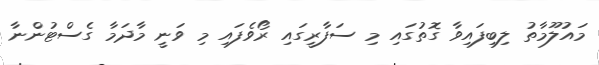
މައުލޫމާތު ލިބިފައިވާ ގޮތުގައި މި ސަފާރީގައި ރޯވެފައި މި ވަނީ މާދަމާ ގެސްޓުންނާ